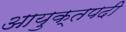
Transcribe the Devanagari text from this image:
आयुक्तपदी